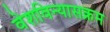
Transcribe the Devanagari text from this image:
वेशविन्यासक्रम